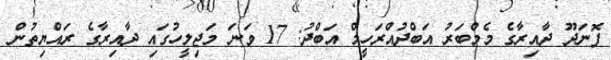
ފޮނަދޫ ދާއިރާގެ މެމްބަރު އަބްދުއްރަހީމް އަބްދު: 17 ވަނަ މަޖިލީހުގައި ދާއިރާގެ ރައްޔިތުން